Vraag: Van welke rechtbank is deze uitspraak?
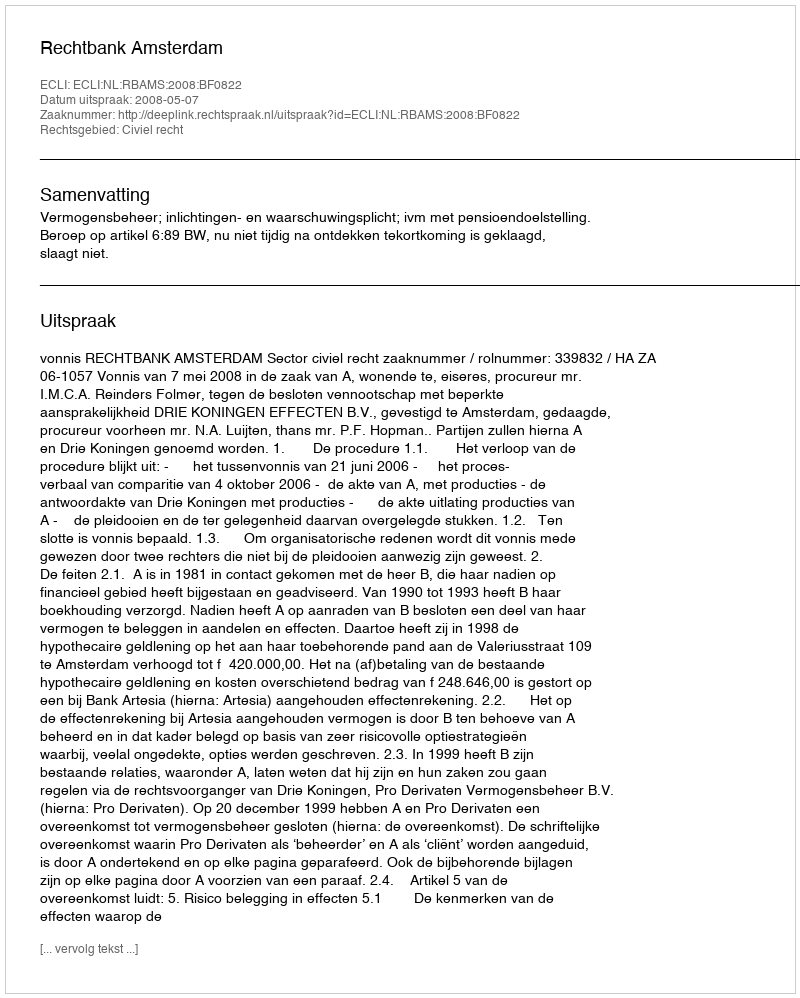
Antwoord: Rechtbank Amsterdam